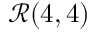
{ \mathcal { R } } ( 4 , 4 )